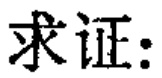
求证：